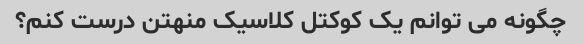
چگونه می توانم یک کوکتل کلاسیک منهتن درست کنم؟